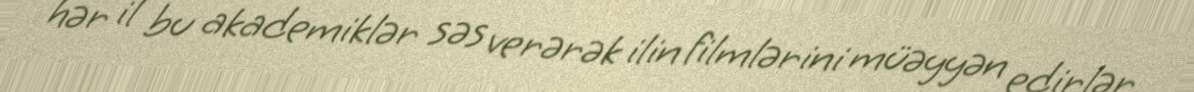
hər il bu akademiklər səs verərək ilin filmlərini müəyyən edirlər.